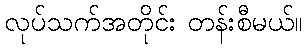
လုပ်သက်အတိုင်း တန်းစီမယ်။